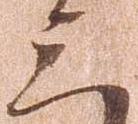
三